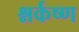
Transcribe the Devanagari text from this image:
श्नर्कष्ण